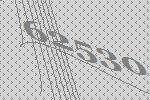
62530